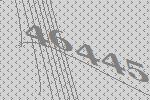
46445